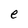
Character: e